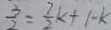
\frac { 3 } { 2 } = \frac { 7 } { 2 } k + 1 - k